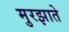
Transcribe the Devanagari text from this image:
मुरझाते